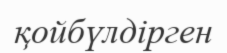
қойбүлдірген